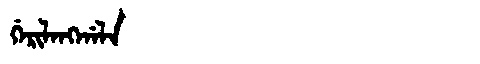
Manchu: ᡤᡝᡵᡳᠯᠠᠩᡤᠠᠯᠠ
Romanization: GERILANGGALA